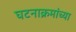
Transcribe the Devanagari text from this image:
घटनाक्रमांच्या